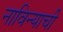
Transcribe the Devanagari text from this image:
नाविन्याची